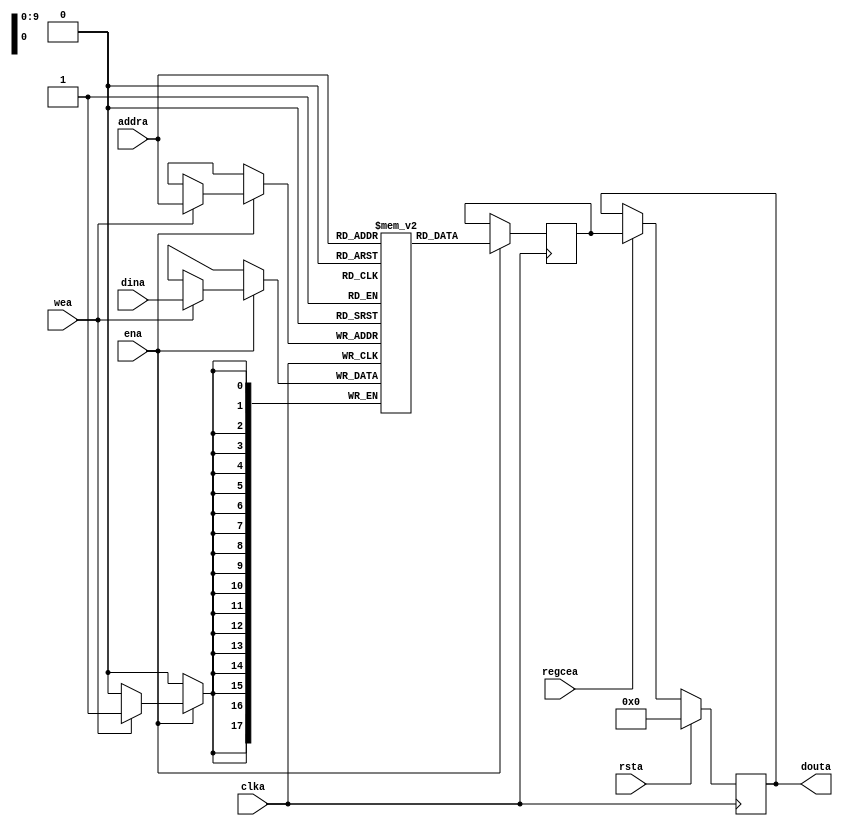
`timescale 1 ns / 1 ps

//  Xilinx Single Port Read First RAM
//  This code implements a parameterizable single-port read-first memory where when data
//  is written to the memory, the output reflects the prior contents of the memory location.
//  If the output data is not needed during writes or the last read value is desired to be
//  retained, it is suggested to set WRITE_MODE to NO_CHANGE as it is more power efficient.
//  If a reset or enable is not necessary, it may be tied off or removed from the code.
//  Modify the parameters for the desired RAM characteristics.

module xilinx_single_port_ram_read_first #(
  parameter RAM_WIDTH = 18,                       // Specify RAM data width
  parameter RAM_DEPTH = 1024,                     // Specify RAM depth (number of entries)
  parameter RAM_PERFORMANCE = "HIGH_PERFORMANCE", // Select "HIGH_PERFORMANCE" or "LOW_LATENCY" 
  parameter INIT_FILE = ""                        // Specify name/location of RAM initialization file if using one (leave blank if not)
) (
  input [clogb2(RAM_DEPTH-1)-1:0] addra,  // Address bus, width determined from RAM_DEPTH
  input [RAM_WIDTH-1:0] dina,           // RAM input data
  input clka,                           // Clock
  input wea,                            // Write enable
  input ena,                            // RAM Enable, for additional power savings, disable port when not in use
  input rsta,                           // Output reset (does not affect memory contents)
  input regcea,                         // Output register enable
  output [RAM_WIDTH-1:0] douta          // RAM output data
);

  reg [RAM_WIDTH-1:0] BRAM [RAM_DEPTH-1:0];
  reg [RAM_WIDTH-1:0] ram_data = {RAM_WIDTH{1'b0}};

  // The following code either initializes the memory values to a specified file or to all zeros to match hardware
  generate
    if (INIT_FILE != "") begin: use_init_file
      initial
        $readmemh(INIT_FILE, BRAM, 0, RAM_DEPTH-1);
    end else begin: init_bram_to_zero
      integer ram_index;
      initial
        for (ram_index = 0; ram_index < RAM_DEPTH; ram_index = ram_index + 1)
          BRAM[ram_index] = {RAM_WIDTH{1'b0}};
    end
  endgenerate

  always @(posedge clka)
    if (ena) begin
      if (wea)
        BRAM[addra] <= dina;
      ram_data <= BRAM[addra];
    end

  //  The following code generates HIGH_PERFORMANCE (use output register) or LOW_LATENCY (no output register)
  generate
    if (RAM_PERFORMANCE == "LOW_LATENCY") begin: no_output_register

      // The following is a 1 clock cycle read latency at the cost of a longer clock-to-out timing
       assign douta = ram_data;

    end else begin: output_register

      // The following is a 2 clock cycle read latency with improve clock-to-out timing

      reg [RAM_WIDTH-1:0] douta_reg = {RAM_WIDTH{1'b0}};

      always @(posedge clka)
        if (rsta)
          douta_reg <= {RAM_WIDTH{1'b0}};
        else if (regcea)
          douta_reg <= ram_data;

      assign douta = douta_reg;

    end
  endgenerate

  //  The following function calculates the address width based on specified RAM depth
  function integer clogb2;
    input integer depth;
      for (clogb2=0; depth>0; clogb2=clogb2+1)
        depth = depth >> 1;
  endfunction

endmodule

// The following is an instantiation template for xilinx_single_port_ram_read_first
/*
  //  Xilinx Single Port Read First RAM
  xilinx_single_port_ram_read_first #(
    .RAM_WIDTH(18),                       // Specify RAM data width
    .RAM_DEPTH(1024),                     // Specify RAM depth (number of entries)
    .RAM_PERFORMANCE("HIGH_PERFORMANCE"), // Select "HIGH_PERFORMANCE" or "LOW_LATENCY" 
    .INIT_FILE("")                        // Specify name/location of RAM initialization file if using one (leave blank if not)
  ) your_instance_name (
    .addra(addra),     // Address bus, width determined from RAM_DEPTH
    .dina(dina),       // RAM input data, width determined from RAM_WIDTH
    .clka(clka),       // Clock
    .wea(wea),         // Write enable
    .ena(ena),         // RAM Enable, for additional power savings, disable port when not in use
    .rsta(rsta),       // Output reset (does not affect memory contents)
    .regcea(regcea),   // Output register enable
    .douta(douta)      // RAM output data, width determined from RAM_WIDTH
  );
*/